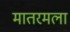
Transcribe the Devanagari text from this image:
मातरमला